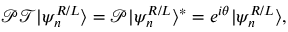
\mathcal { P T } | \psi _ { n } ^ { R / L } \rangle = \mathcal { P } | \psi _ { n } ^ { R / L } \rangle ^ { \ast } = e ^ { i \theta } | \psi _ { n } ^ { R / L } \rangle ,